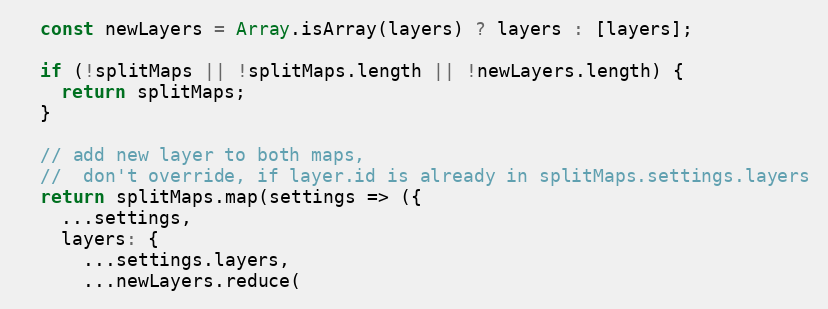
Language: JavaScript
  const newLayers = Array.isArray(layers) ? layers : [layers];

  if (!splitMaps || !splitMaps.length || !newLayers.length) {
    return splitMaps;
  }

  // add new layer to both maps,
  //  don't override, if layer.id is already in splitMaps.settings.layers
  return splitMaps.map(settings => ({
    ...settings,
    layers: {
      ...settings.layers,
      ...newLayers.reduce(